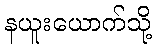
နယူးယောက်သို့